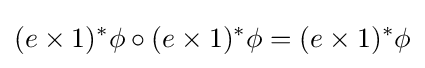
(e\times 1)^{*}\phi \circ (e\times 1)^{*}\phi =(e\times 1)^{*}\phi